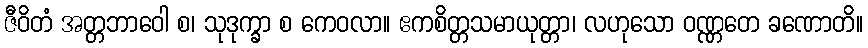
ဇီဝိတံ အတ္တဘာဝေါ စ၊ သုဒုက္ခာ စ ကေဝလာ။ ဧကစိတ္တသမာယုတ္တာ၊ လဟုသော ဝဏ္ဏတေ ခဏောတိ။